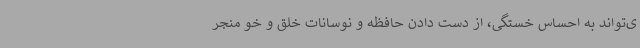
ی‌تواند به احساس خستگی، از دست دادن حافظه و نوسانات خلق و خو منجر